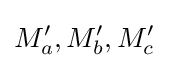
M_{a}^{\prime },M_{b}^{\prime },M_{c}^{\prime }